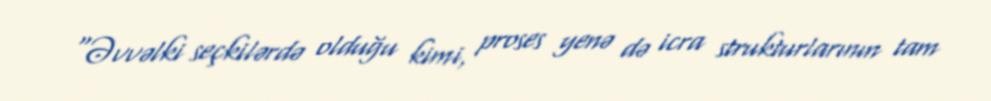
“Əvvəlki seçkilərdə olduğu kimi, proses yenə də icra strukturlarının tam